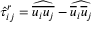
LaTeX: { \hat { \tau } } _ { i j } ^ { r } = { \widehat { \overline { { u _ { i } u _ { j } } } } } - { \widehat { { \overline { { u } } } _ { i } { \overline { { u } } } _ { j } } }